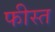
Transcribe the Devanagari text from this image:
फीस्त